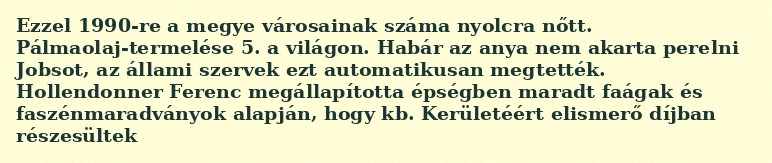
Ezzel 1990-re a megye városainak száma nyolcra nőtt. Pálmaolaj-termelése 5. a világon. Habár az anya nem akarta perelni Jobsot, az állami szervek ezt automatikusan megtették. Hollendonner Ferenc megállapította épségben maradt faágak és faszénmaradványok alapján, hogy kb. Kerületéért elismerő díjban részesültek